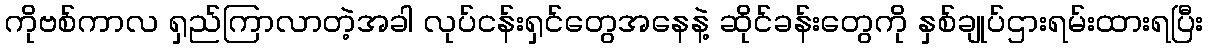
ကိုဗစ်ကာလ ရှည်ကြာလာတဲ့အခါ လုပ်ငန်းရှင်တွေအနေနဲ့ ဆိုင်ခန်းတွေကို နှစ်ချုပ်ဌားရမ်းထားရပြီး